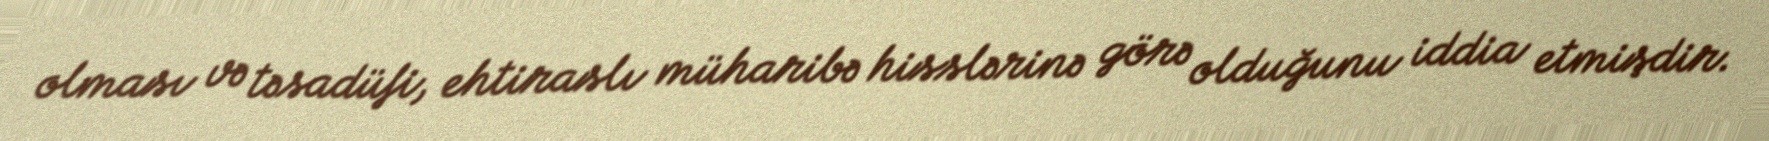
olması və təsadüfi, ehtiraslı müharibə hisslərinə görə olduğunu iddia etmişdir.